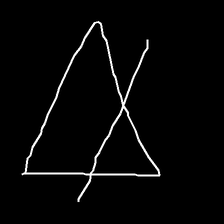
Glyph: empower